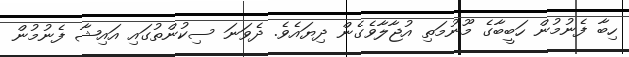
ހިބާ ފެނުމުން ހަބީބާގެ މޫނުމަތި އުޖާލާވެގެން ދިޔައެވެ. ދެވަނަ ސިކުންތުގައި އައިޝާ ފެނުމުން